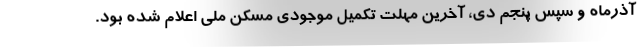
آذرماه و سپس پنجم دی، آخرین مهلت تکمیل موجودی مسکن ملی اعلام شده بود.